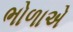
ભોળાએ